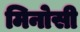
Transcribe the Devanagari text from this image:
मिनोसी